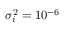
\sigma _ { i } ^ { 2 } = 1 0 ^ { - 6 }